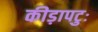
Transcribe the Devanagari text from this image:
कीड़ापटुः